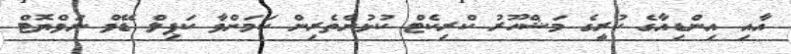
އާއި އިންޑިއާގެ ކުރީގެ މަޝްހޫރު ކްރިކެޓް ކުޅުންތެރިން ކަަމަށްވާ ކަޕިލް ޑޭވް ނަވްޔޮޓް